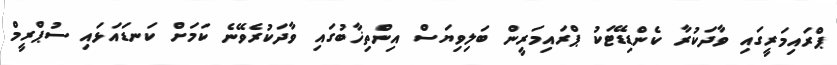
ޕްރައިމަރީގައި ވާދަކުރާ ކެންޑިޑޭޓަކު ޕްރައިމަރީން ބަލިވިޔަސް އިންތިޚާބުގައި ވާދަކުރެވޭނެ ކަމަށް ކަނޑައަޅައި ސުޕްރީމް